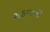
રાકવાની